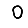
Digit: 0